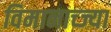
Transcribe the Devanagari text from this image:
विमानाच्ज्या